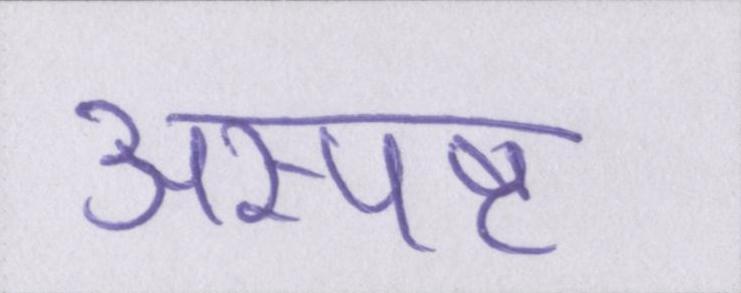
अस्पष्ट